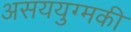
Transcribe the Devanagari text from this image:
असययुग्मकी